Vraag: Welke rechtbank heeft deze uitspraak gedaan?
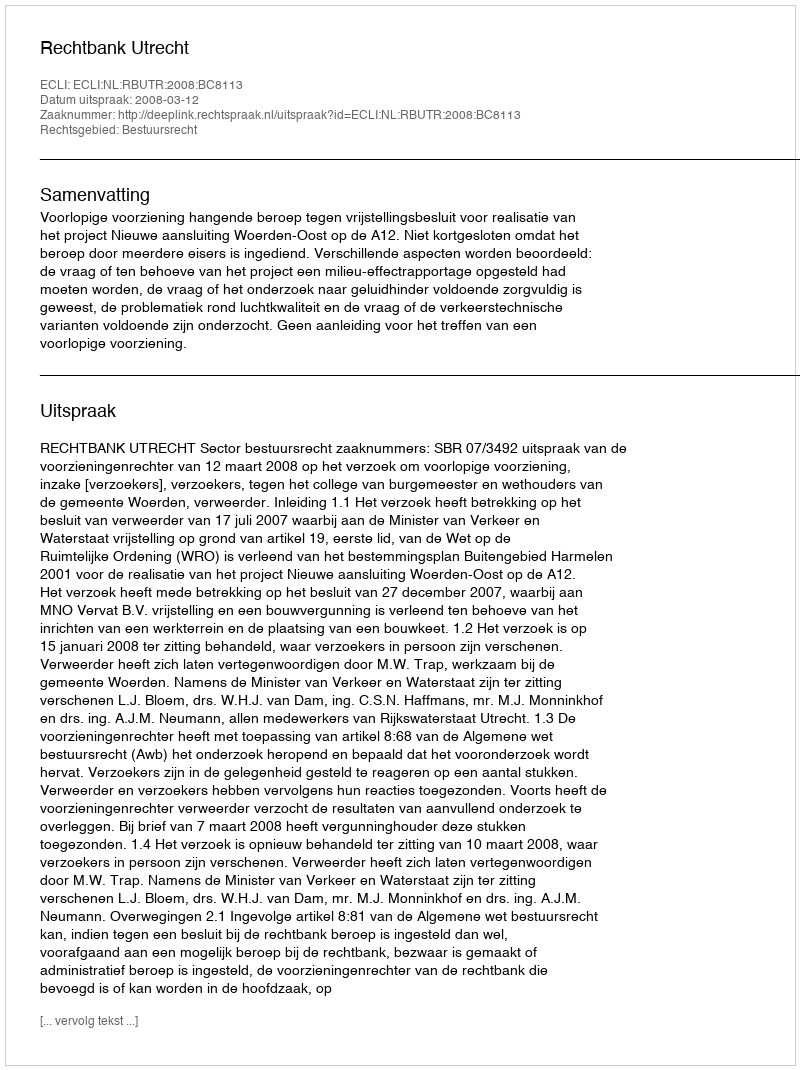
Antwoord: Rechtbank Utrecht